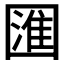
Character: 𭍰